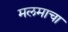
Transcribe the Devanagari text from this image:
मलमाचा